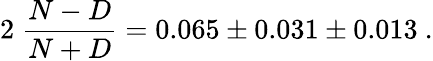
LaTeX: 2\; \frac{N-D}{N+D}=0.065\pm 0.031\pm 0.013\ .